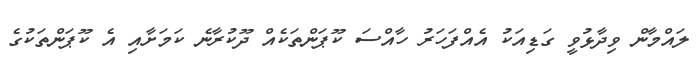
ލައްމާން ވިދާޅުވީ ގަޑިއަކު އެއްފަހަރު ހާއްސަ ކޫޕަންތަކެއް ދޫކުރާނެ ކަމަށާއި އެ ކޫޕަންތަކުގެ